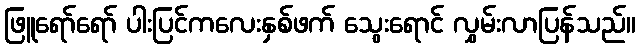
ဖြူရော်ရော် ပါးပြင်ကလေးနှစ်ဖက် သွေးရောင် လွှမ်းလာပြန်သည်။